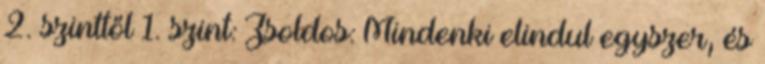
2. szinttől 1. szint: Zsoldos: Mindenki elindul egyszer, és